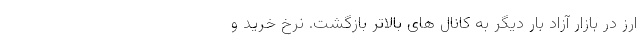
ارز در بازار آزاد بار دیگر به کانال های بالاتر بازگشت. نرخ خرید و